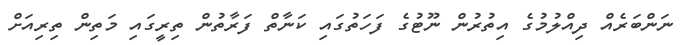
ނަންބަރެއް ދިއްލުމުގެ އިތުރުން ނޫޓުގެ ފަހަތުގައި ކަނާތް ފަރާތުން ތިރީގައި މަތިން ތިރިއަށް